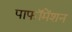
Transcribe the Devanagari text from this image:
पाफॉमेंशन